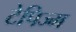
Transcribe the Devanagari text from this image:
टेपिज्म